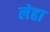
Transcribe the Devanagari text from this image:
लेहा